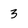
Character: 3